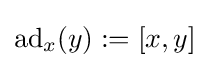
\mathrm {ad} _{x}(y):=[x,y]